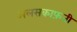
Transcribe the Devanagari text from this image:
अलसकाफ़ती